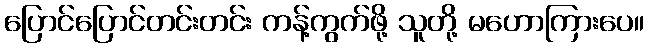
ပြောင်ပြောင်တင်းတင်း ကန့်ကွက်ဖို့ သူတို့ မဟောကြားပေ။